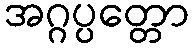
အဂ္ဂပ္ပတ္တော